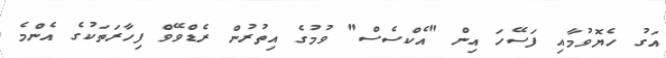
އަގު ހެޔޮވުމާއި ފަސޭހަ އިން "އެކްސެސް" ވުމުގެ އިތުރުން ރެޑްވޭވް ފިހާރަތަކުގެ އެންމެ